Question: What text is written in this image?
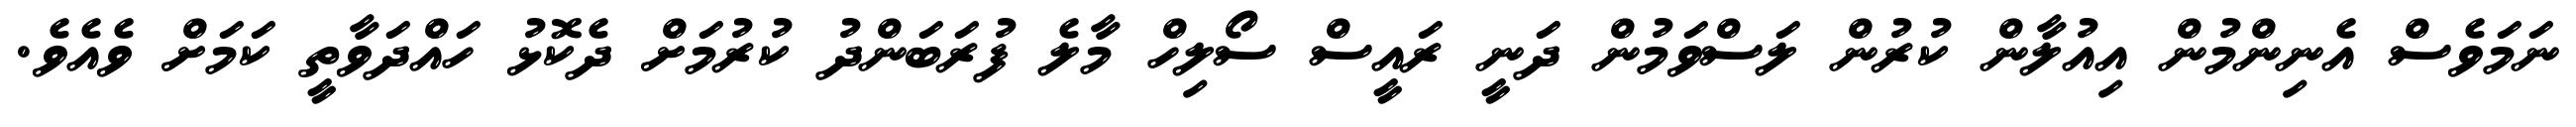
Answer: ނަމަވެސް އެނިންމުން އިއުލާން ކުރުން ލަސްވަމުން ދަނީ ރައީސް ސޯލިހް މާލެ ފުރަބަންދު ކުރުމަށް ދެކޮޅު ހައްދަވާތީ ކަމަށް ވެއެވެ.